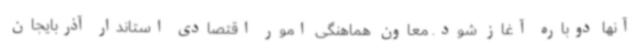
آنها دوباره آغاز شود. معاون هماهنگی امور اقتصادی استاندار آذربایجان